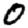
Digit: 0